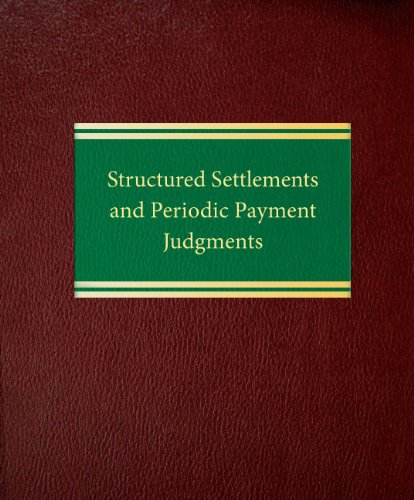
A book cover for Structured Settlements and Periodic Payment Judgments (Litigation Series); Daniel W. Hindert; Law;